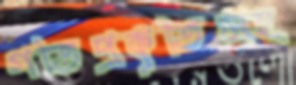
গতিপ্রকৃতিসহ